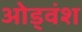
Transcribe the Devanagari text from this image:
ओड्वंश